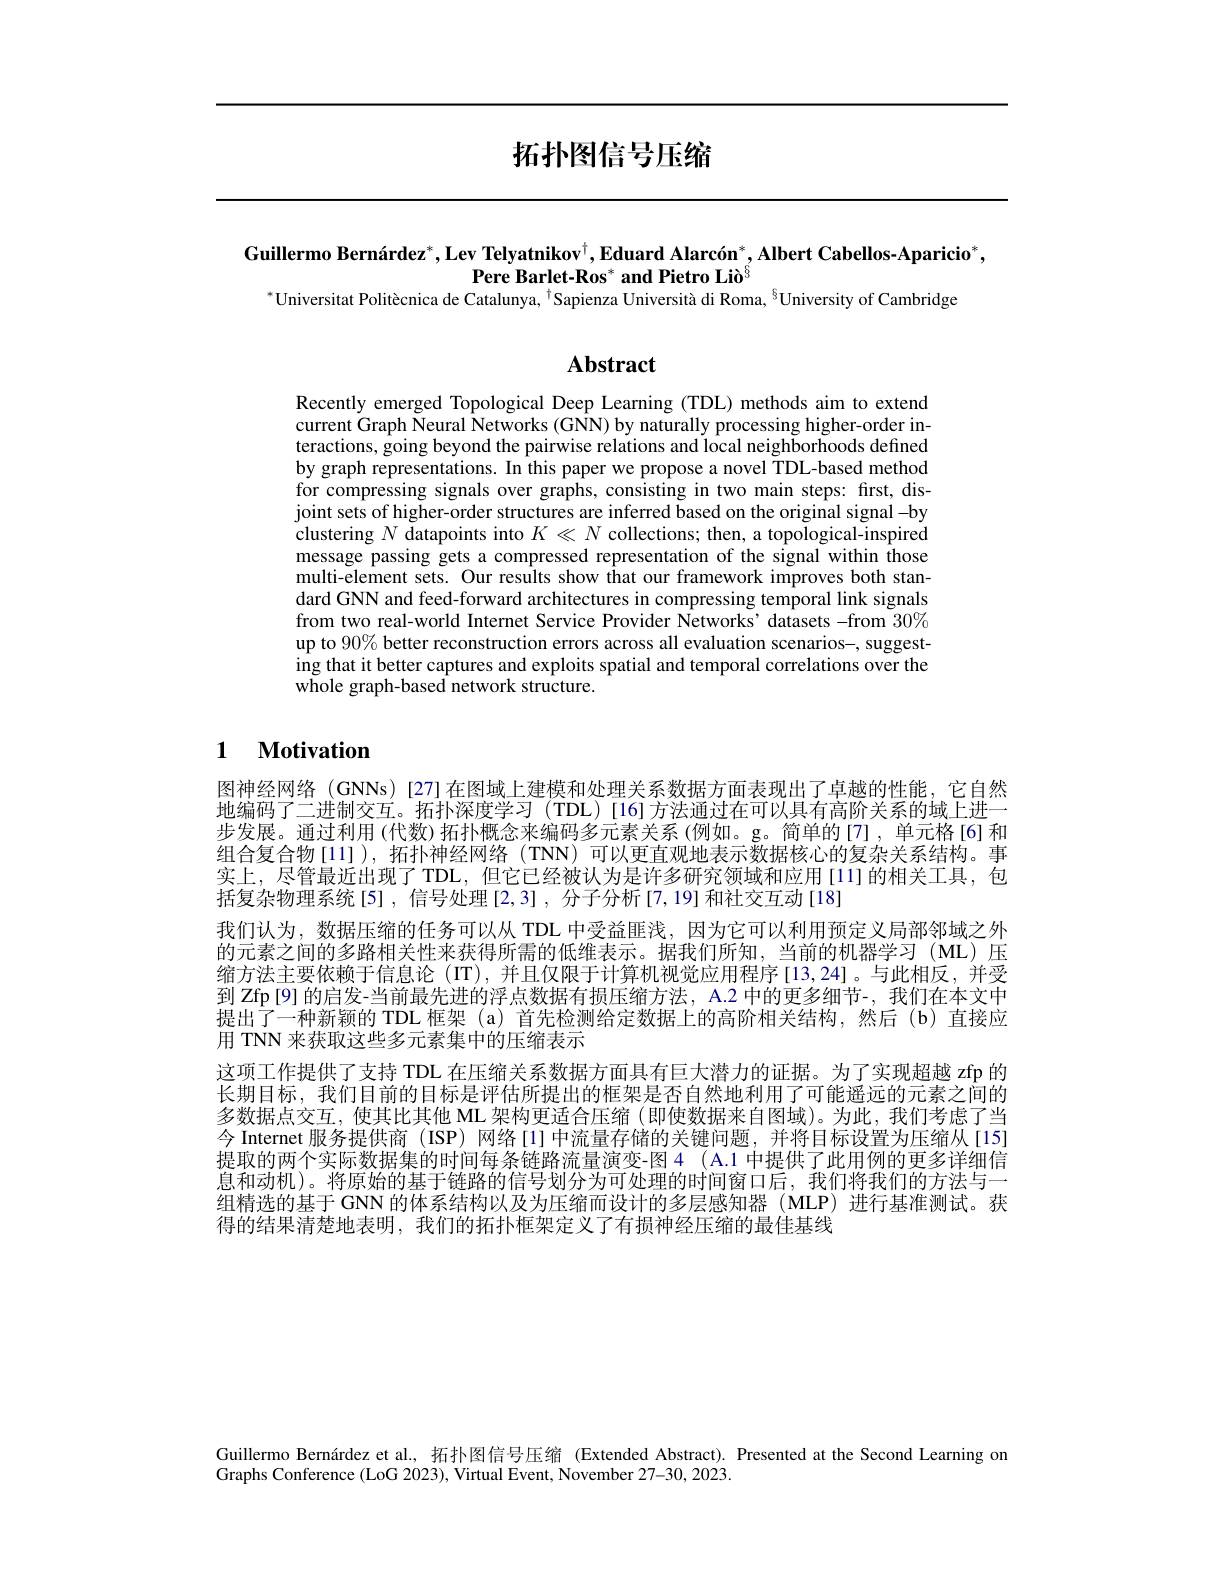
# 拓扑图信号压缩

Guillermo Bernárdez$^*$,Lev Telyatnikov$^\dagger,\textbf{Eduard Alarcón}^*,\textbf{Albert Cabellos-Aparicio}^*$,
Pere Barlet-Ros* and Pietro Liò$^{8}$
$^{*}$Universitat Politècnica de Catalunya, $^{\dagger}$Sapienza Università di Roma, $^{8}$University of Cambridge

## $\mathbf{Abstract}$

Recently emerged Topological Deep Learning (TDL) methods aim to extend current Graph Neural Networks (GNN) by naturally processing higher-order interactions, going beyond the pairwise relations and local neighborhoods defined by graph representations. In this paper we propose a novel TDL-based method for compressing signals over graphs, consisting in two main steps: first, disjoint sets of higher-order structures are inferred based on the original signal -by clustering $N$ datapoints into $K\ll N$ collections; then, a topological-inspired message passing gets a compressed representation of the signal within those multi-element sets. Our results show that our framework improves both standard GNN and feed-forward architectures in compressing temporal link signals from two real-world Internet Service Provider Networks' datasets -from $30\%$ up to $90\%$ better reconstruction errors across all evaluation scenarios-, suggest- $\hat{\text{ing that it better captures and exploits spatial and temporal correlations over the}}$ whole graph-based network structure.

## 1 $\textbf{Motivation}$

图神经网络 (GNNs)[27]在图域上建模和处理关系数据方面表现出了卓越的性能，它自然地编码了二进制交互。拓扑深度学习(TDL)[16]方法通过在可以具有高阶关系的域上进一步发展。通过利用(代数)拓扑概念来编码多元素关系(例如。g。简单的[7],单元格[6]和组合复合物[11]),拓扑神经网络(TNN)可以更直观地表示数据核心的复杂关系结构。事实上，尽管最近出现了 TDL,但它已经被认为是许多研究领域和应用[11]的相关工具，包括复杂物理系统[5],信号处理[2,3],分子分析[7,19]和社交互动[18]
我们认为，数据压缩的任务可以从 TDL 中受益匪浅，因为它可以利用预定义局部邻域之外的元素之间的多路相关性来获得所需的低维表示。据我们所知，当前的机器学习(ML)压缩方法主要依赖于信息论(IT),并且仅限于计算机视觉应用程序[13,24]。与此相反，并受到 Zfp [9] 的启发-当前最先进的浮点数据有损压缩方法，A.2 中的更多细节-,我们在本文中提出了一种新颖的 TDL 框架 (a) 首先检测给定数据上的高阶相关结构，然后(b)直接应用 TNN 来获取这些多元素集中的压缩表示
这项工作提供了支持 TDL 在压缩关系数据方面具有巨大潜力的证据。为了实现超越 zfp 的长期目标，我们目前的目标是评估所提出的框架是否自然地利用了可能遥远的元素之间的多数据点交互，使其比其他 ML 架构更适合压缩(即使数据来自图域)。为此，我们考虑了当今 Internet 服务提供商 (ISP) 网络[l]中流量存储的关键问题，并将目标设置为压缩从[15] 提取的两个实际数据集的时间每条链路流量演变-图 4 (A.1 中提供了此用例的更多详细信息和动机)。将原始的基于链路的信号划分为可处理的时间窗口后，我们将我们的方法与一组精选的基于 GNN 的体系结构以及为压缩而设计的多层感知器 (MLP)进行基准测试。获得的结果清楚地表明，我们的拓扑框架定义了有损神经压缩的最佳基线

Guillermo Bernárdez et al., 拓扑图信号压缩 (Extended Abstract). Presented at the Second Learning on
Graphs Conference (LoG 2023), Virtual Event, November 27-30, 2023